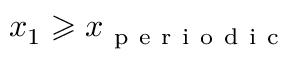
x _ { 1 } \geqslant x _ { \mathrm { ~ p ~ e ~ r ~ i ~ o ~ d ~ i ~ c ~ } }